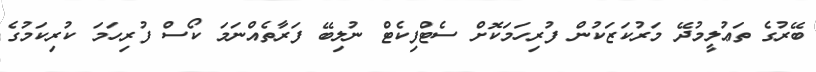
ބޭރުގެ ތަޢުލީމުދޭ މަރުކަޒަކުން ފުރިހަމަކޮށް ސެޓްފިކެޓް ނުލިބޭ ފަރާތެއްނަމަ ކޯސް ފުރިހަމަ ކުރިކަމުގެ